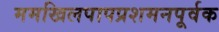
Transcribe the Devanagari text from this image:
ममखिलपापप्रशमनपूर्वक